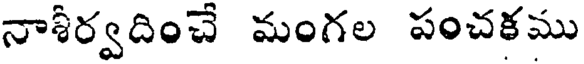
నాశీర్వదించే మంగల పంచకము